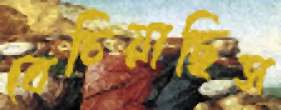
বেচিয়াছিস